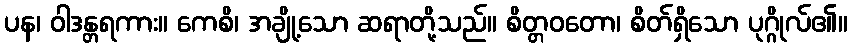
ပန၊ ဝါဒန္တရကား။ ကေစိ၊ အချို့သော ဆရာတို့သည်။ စိတ္တဝတော၊ စိတ်ရှိသော ပုဂ္ဂိုလ်၏။